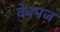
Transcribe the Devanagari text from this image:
वेबपज